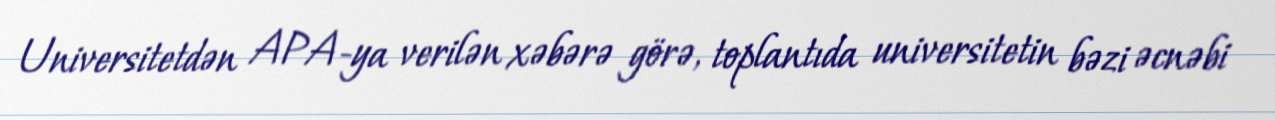
Universitetdən APA-ya verilən xəbərə görə, toplantıda universitetin bəzi əcnəbi